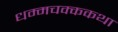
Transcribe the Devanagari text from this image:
धम्मचक्ककथा